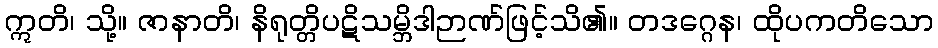
ဣတိ၊ သို့။ ဇာနာတိ၊ နိရုတ္တိပဋိသမ္ဘိဒါဉာဏ်ဖြင့်သိ၏။ တဒဂ္ဂေန၊ ထိုပကတိသော